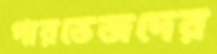
পারভেজদের